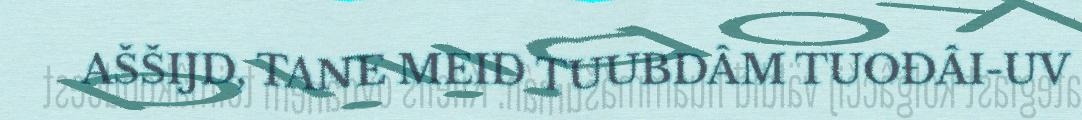
AŠŠIJD, TANE MEID TUUBDÂM TUOĐÂI-UV